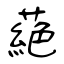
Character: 蕝